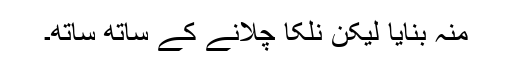
منہ بنایا لیکن نلکا چلانے کے ساتھ ساتھ۔